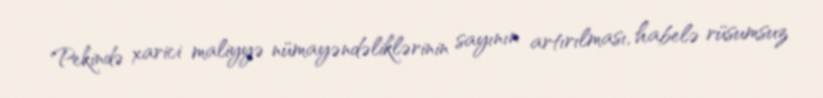
Pekində xarici maliyyə nümayəndəliklərinin sayının artırılması, habelə rüsumsuz